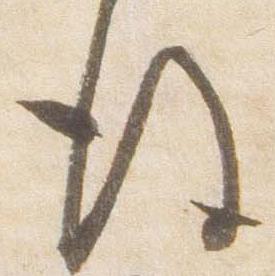
後